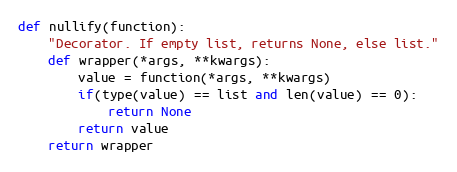
Language: Python
def nullify(function):
    "Decorator. If empty list, returns None, else list."
    def wrapper(*args, **kwargs):
        value = function(*args, **kwargs)
        if(type(value) == list and len(value) == 0):
            return None
        return value
    return wrapper